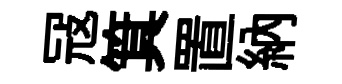
冦箕置納